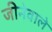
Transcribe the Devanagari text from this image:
जीनेवाले